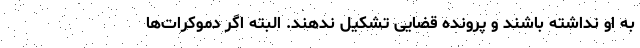
به او نداشته باشند و پرونده قضایی تشکیل ندهند. البته اگر دموکرات‌ها